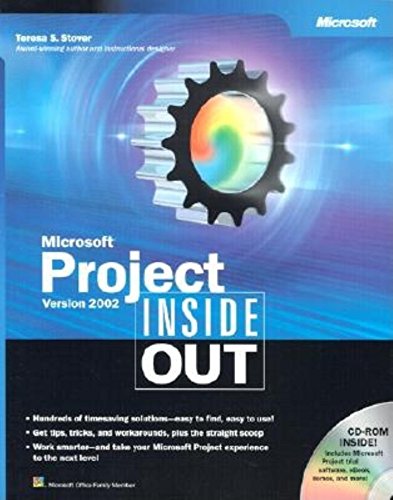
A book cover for Microsoft Project Version 2002 Inside Out (Inside Out (Microsoft)); Rod Gill; Computers & Technology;